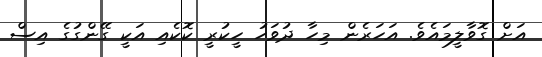
އަށް ގޮވާލީމައެވެ. އަހަރެން މިހާ ދުވަހު ހީކުރީ ކޮކެއި އަކީ ގޭންގުގެ އިސް